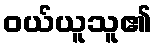
ဝယ်ယူသူ၏